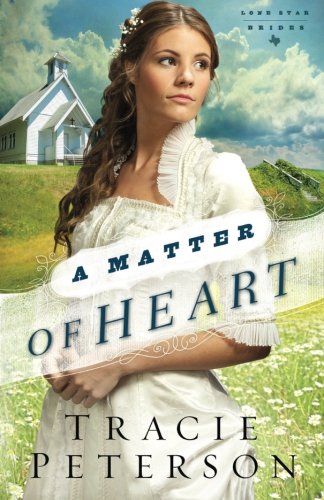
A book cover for A Matter of Heart (Lone Star Brides) (Volume 3); Tracie Peterson; Literature & Fiction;